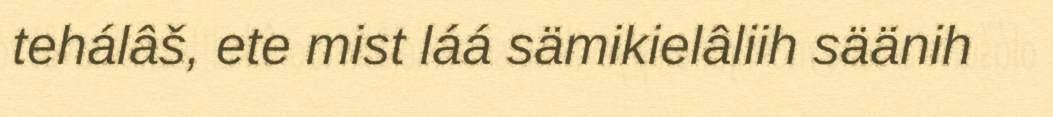
tehálâš, ete mist láá sämikielâliih säänih